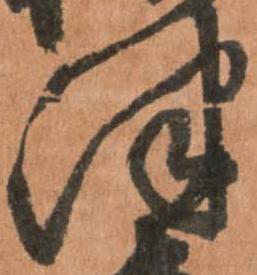
津